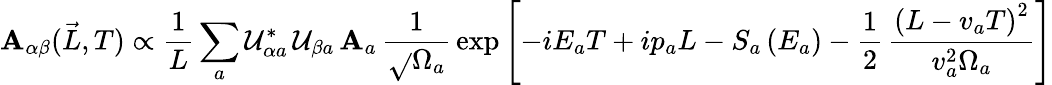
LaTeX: \mathbf{A}_{\alpha\beta}(\vec{{L}},T)\propto\frac{{1}}{{L}}\sum_{a}\mathcal{{U}}_{{\alpha}a}^{*}\, \mathcal{{U}}_{{\beta}a}\, \mathcal{{\mathbf{A}}}_{a}\, \frac{{1}}{{\sqrt{}{{\Omega_{a}}}}}\, \exp\left[-iE_{a}T+ip_{a}L-S_{a}\left(E_{a}\right)-\frac{{1}}{{2}}\, \frac{{\left(L-v_{a}T\right)^{2}}}{{v_{a}^{2}\Omega_{a}}}\right]